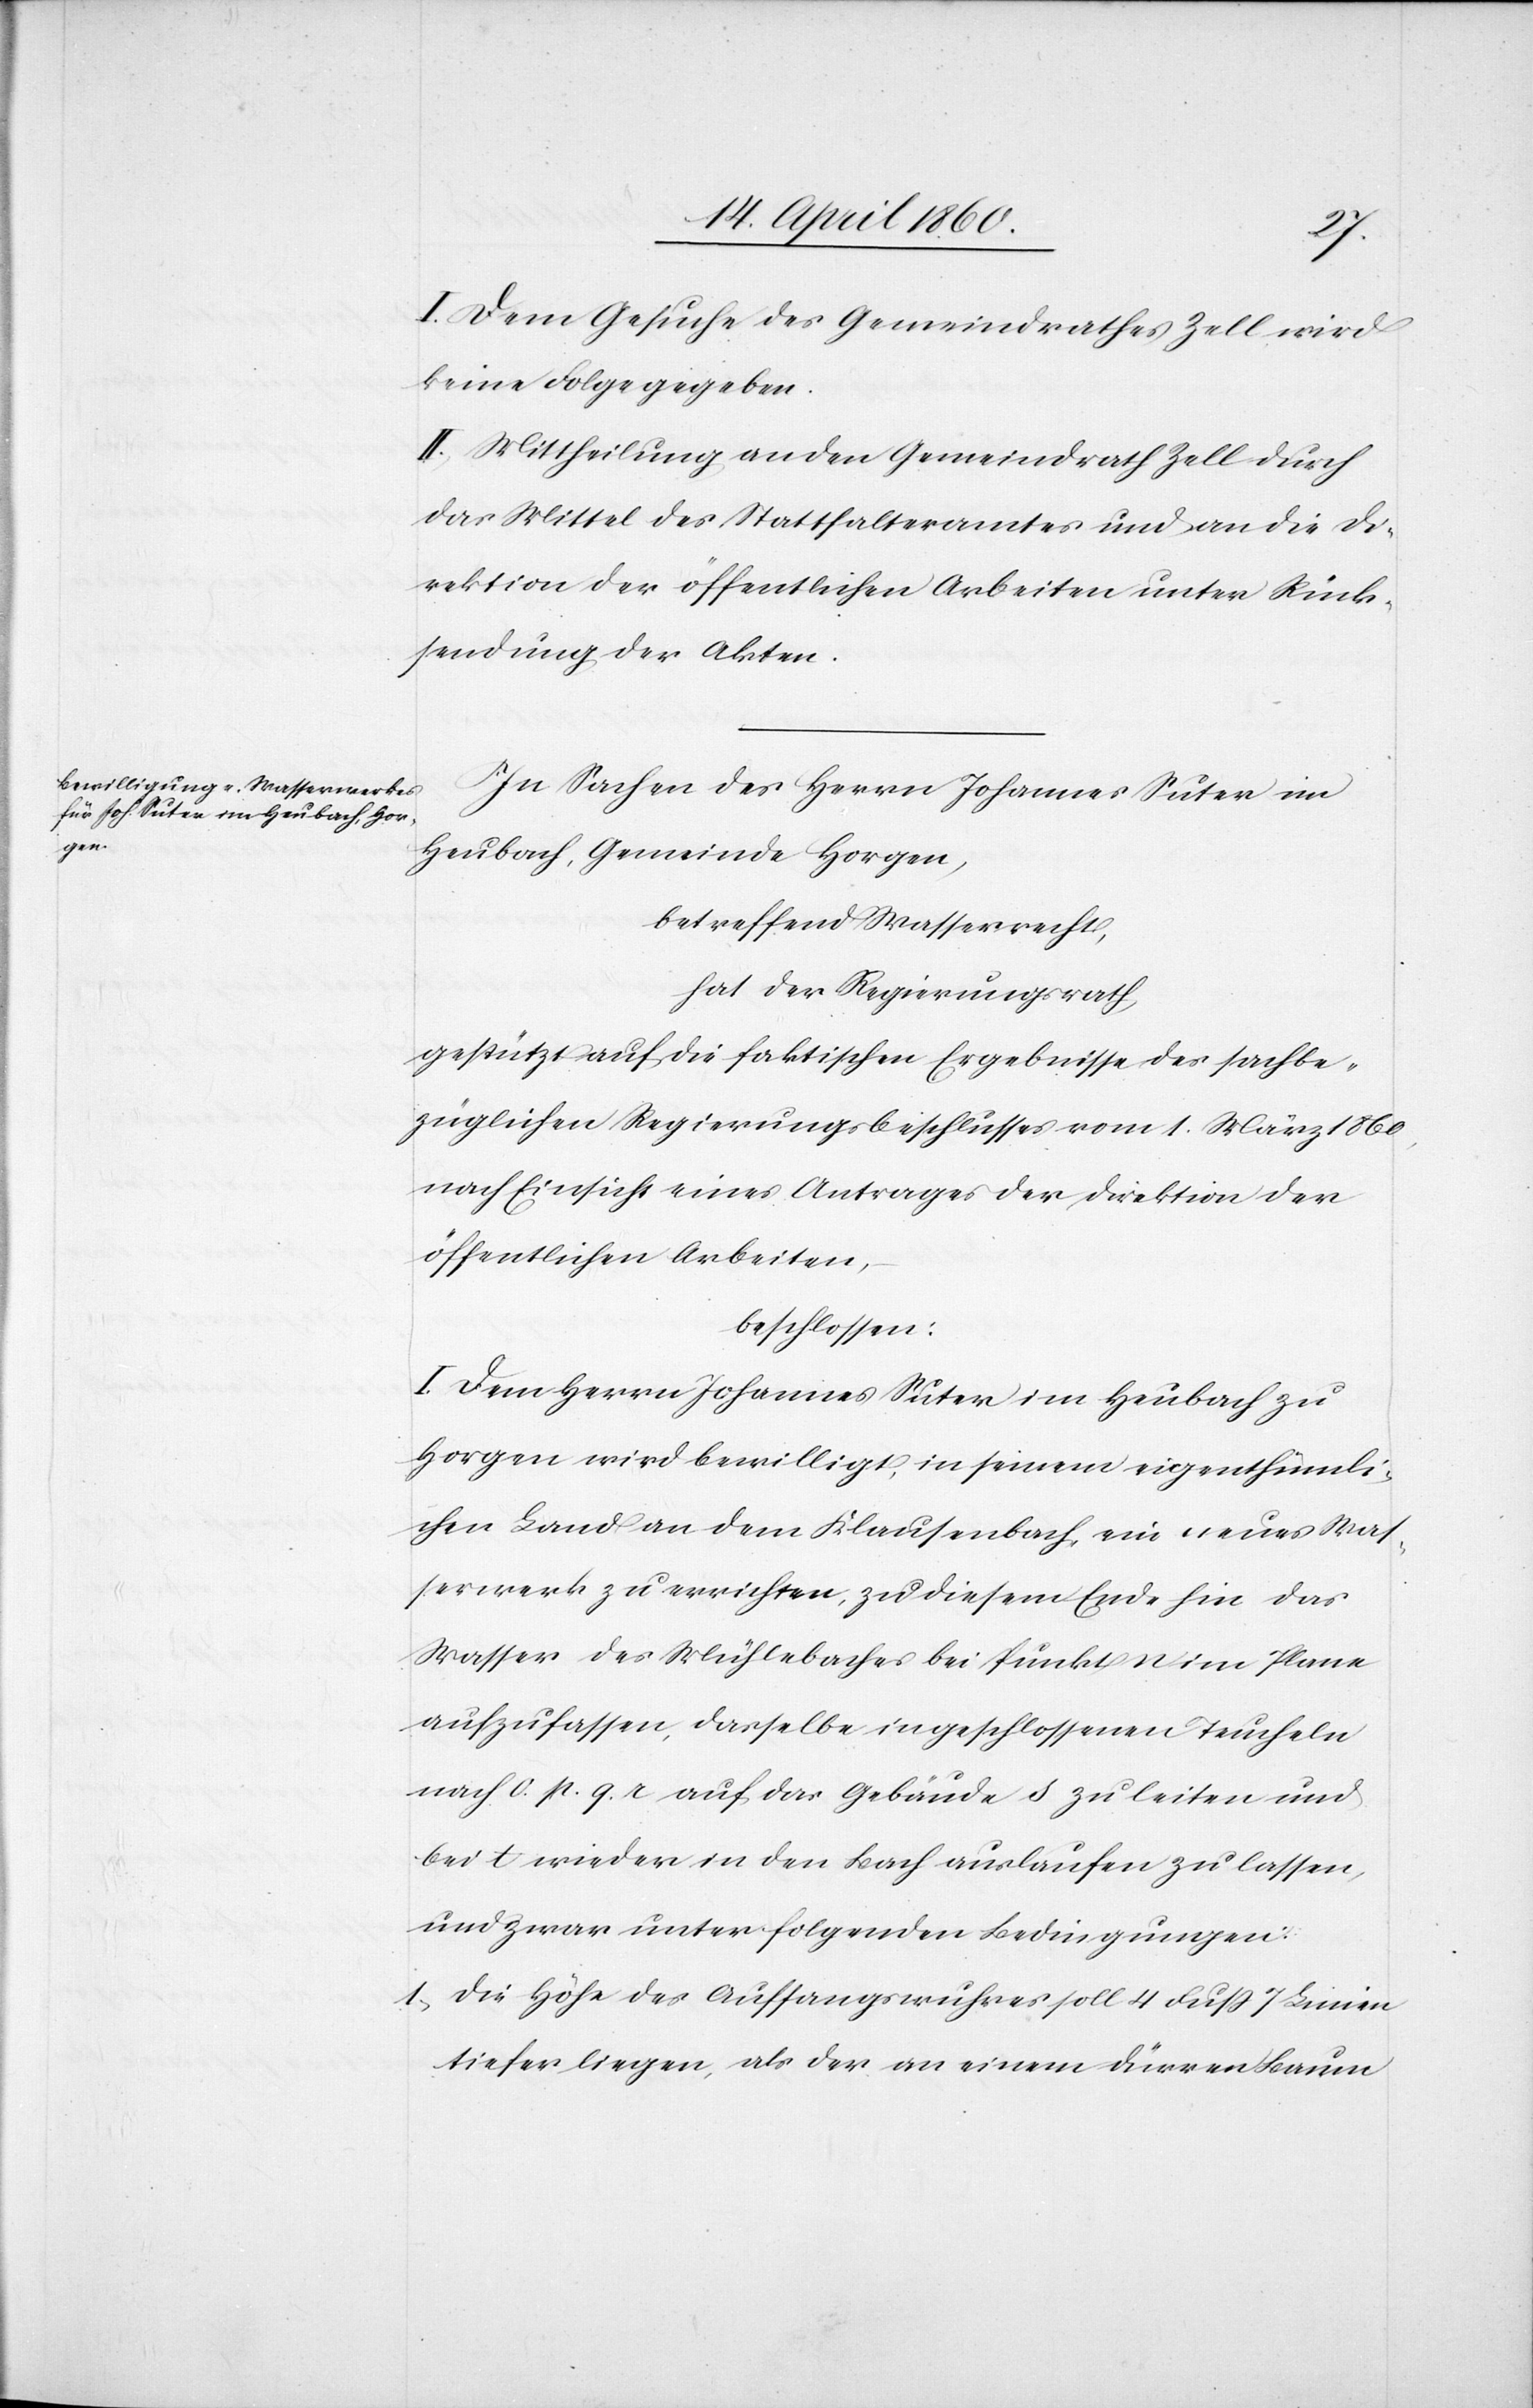
I. Dem Gesuche des Gemeindrathes Zell wird
keine Folge gegeben.
II. Mittheilung an den Gemeindrath Zell durch
das Mittel des Statthalteramtes und an die Di¬
rektion der öffentlichen Arbeiten unter Rück¬
sendung der Akten.
In Sachen des Herrn Johannes Suter im
Heubach, Gemeinde Horgen,
betreffend Wasserrecht,
hat der Regierungsrath,
gestützt auf die faktischen Ergebnisse des sachbe¬
züglichen Regierungsbeschlusses vom 1. März 1860,
nach Einsicht eines Antrages der Direktion der
öffentlichen Arbeiten,
beschlossen:
I. Dem Herrn Johannes Suter im Heubach zu
Horgen wird bewilligt, in seinem eigenthümli¬
chen Land an dem Klausenbach, ein neues Was¬
serwerk zu errichten, zu diesem Ende hin das
Wasser des Mühlebaches bei Punkt n. im Plane
aufzufassen, dasselbe in geschlossenen Teucheln
nach o. p. q. r. auf das Gebäude s. zu leiten und
bei t. wieder in den Bach auslaufen zu lassen,
und zwar unter folgenden Bedingungen:
1. Die Höhe des Auffangswuhres soll 4 Fuss 7 Linien
tiefer liegen, als der an einem dürren Baum